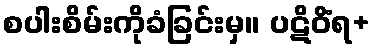
စပါးစိမ်းကိုခံခြင်းမှ။ ပဋိဝိံရ+